Burma Government Medical School reports 1923-41
Year: 1923
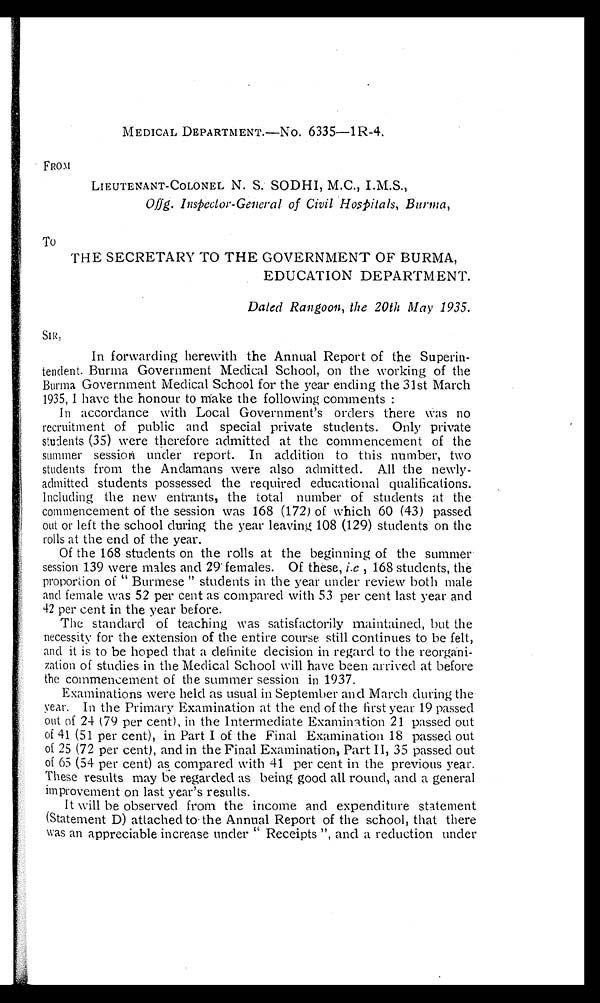
MEDICAL DEPARTMENT.—NO. 6335—1R-4.
FROM
LIEUTENANT-COLONEL N. S. SODHI, M.C., I.M.S.,
Of f g. Inspector-General of Civil Hospitals, Burma,
TO
THE SECRETARY TO THE GOVERNMENT OF BURMA,
EDUCATION DEPARTMENT.
Dated Rangoon, the 20th May 1935.
SIR,
In forwarding herewith the Annual Report of the Superin-
tendent. Burma Government Medical School, on the working of the
Burma Government Medical School for the year ending the 31st March
1935, I have the honour to make the following comments :
In accordance with Local Government's orders there was no
recruitment of public and special private students. Only private
students (35) were therefore admitted at the commencement of the
summer session under report. In addition to this number, two
students from the Andamans were also admitted. All the newly-
admitted students possessed the required educational qualifications.
Including the new entrants, the total number of students at the
commencement of the session was 168 (172) of which 60 (43) passed
out or left the school during the year leaving 108 (129) students on the
rolls at the end of the year.
Of the 168 students on the rolls at the beginning of the summer
session 139 were males and 29 females. Of these, i.e , 168 students, the
proportion of "Burmese" students in the year under review both male
and female was 52 per cent as compared with 53 per cent last year and
42 per cent in the year before.
The standard of teaching was satisfactorily maintained, but the
necessity for the extension of the entire course still continues to be felt,
and it is to be hoped that a definite decision in regard to the reorgani-
zation of studies in the Medical School will have been arrived at before
the commencement of the summer session in 1937.
Examinations were held as usual in September and March during the
year. In the Primary Examination at the end of the first year 19 passed
out of 24 (79 per cent), in the Intermediate Examination 21 passed out
of 41 (51 per cent), in Part I of the Final Examination 18 passed out
of 25 (72 per cent), and in the Final Examination, Part II, 35 passed out
of 65 (54 per cent) as compared with 41 per cent in the previous year.
These results may be regarded as being good all round, and a general
improvement on last year's results.
It will be observed from the income and expenditure statement
(Statement D) attached to the Annual Report of the school, that there
was an appreciable increase under "Receipts", and a reduction under